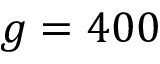
g = 4 0 0